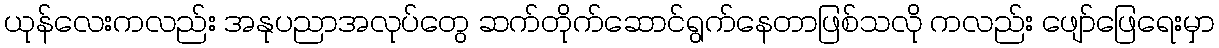
ယုန်လေးကလည်း အနုပညာအလုပ်တွေ ဆက်တိုက်ဆောင်ရွက်နေတာဖြစ်သလို ကလည်း ဖျော်ဖြေရေးမှာ